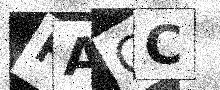
Text: RACC